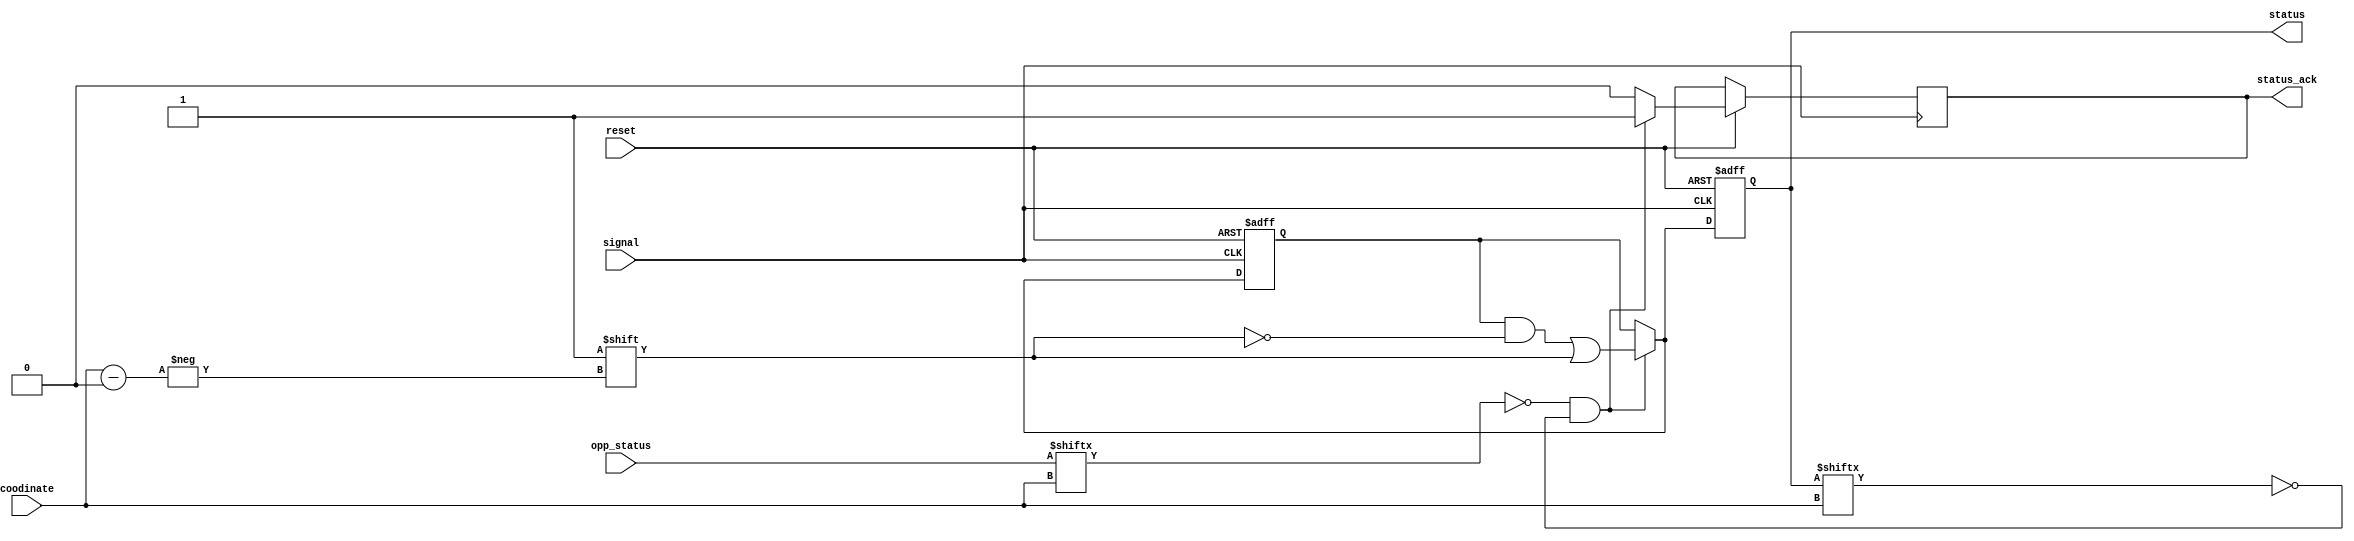
module status_reg (
	input 				reset,
	input 				signal,
	input			[3:0] coodinate,
	input 		[8:0]	opp_status,
	
	
	output reg 	[8:0] status,
	output reg 			status_ack = 1'b0
	);
	
	reg 			[8:0] status_reg = 9'b000000000;
	
	always @(negedge signal or negedge reset) begin
	
		if (reset==0) begin  /* reset: clear the buffer */
			status_reg 	= 8'b00000000;
		end else if (opp_status [coodinate] == 0 && status[coodinate] == 0)begin
		
		/* ========================================================================
			If the cooresponding coodinate dosen't have any chess taking its place 
			a return value is sent back (i.e. status_ack =1)
			
			status_ack is used to prevent the state machine from changing when
			overlap coodinate is used.
		========================================================================*/
		
			status_ack 	= 1'b1;
			status_reg [coodinate] 	= 1'b1;
		end else begin
			status_ack 	= 1'b0;
		end
		
			status=status_reg;
	end

endmodule